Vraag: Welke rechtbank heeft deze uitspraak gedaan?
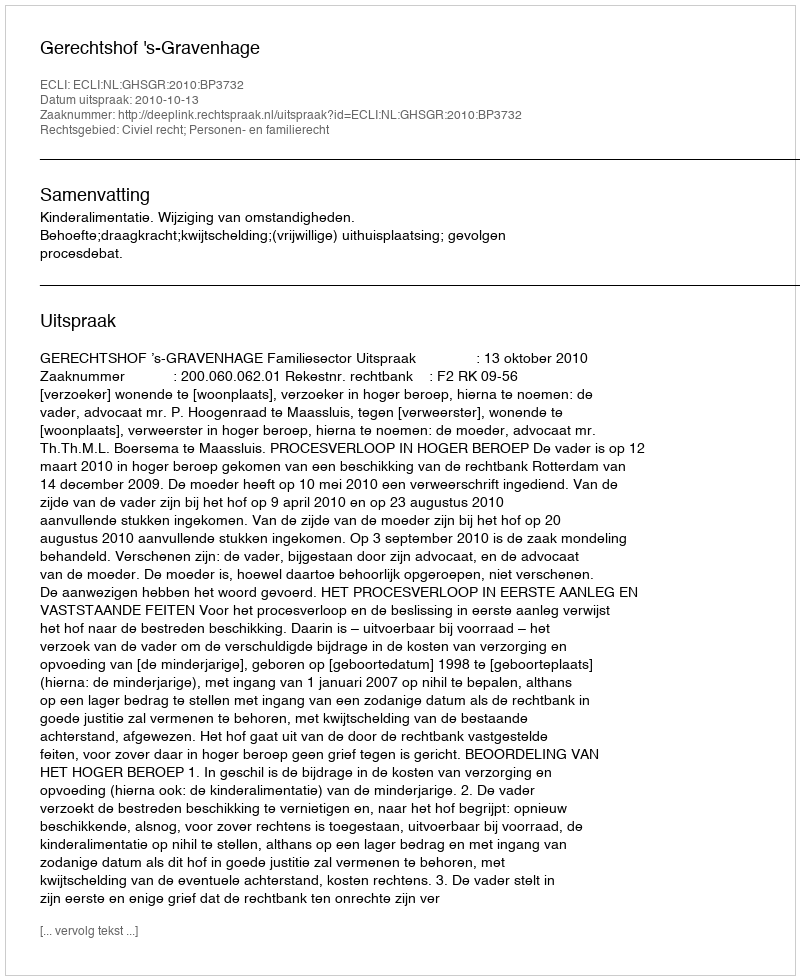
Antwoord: Gerechtshof 's-Gravenhage